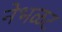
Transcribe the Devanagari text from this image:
नेभळट